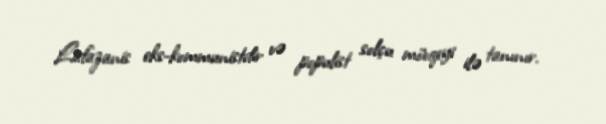
Lafazanis eks-kommunistdir və populist solçu mövqeyi ilə tanınır.